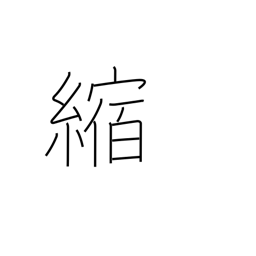
Meaning: shrink